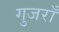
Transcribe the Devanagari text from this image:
गुजराँ